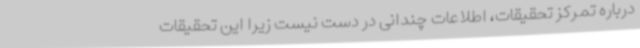
درباره تمرکز تحقیقات، اطلاعات چندانی در دست نیست زیرا این تحقیقات